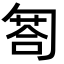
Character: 匒